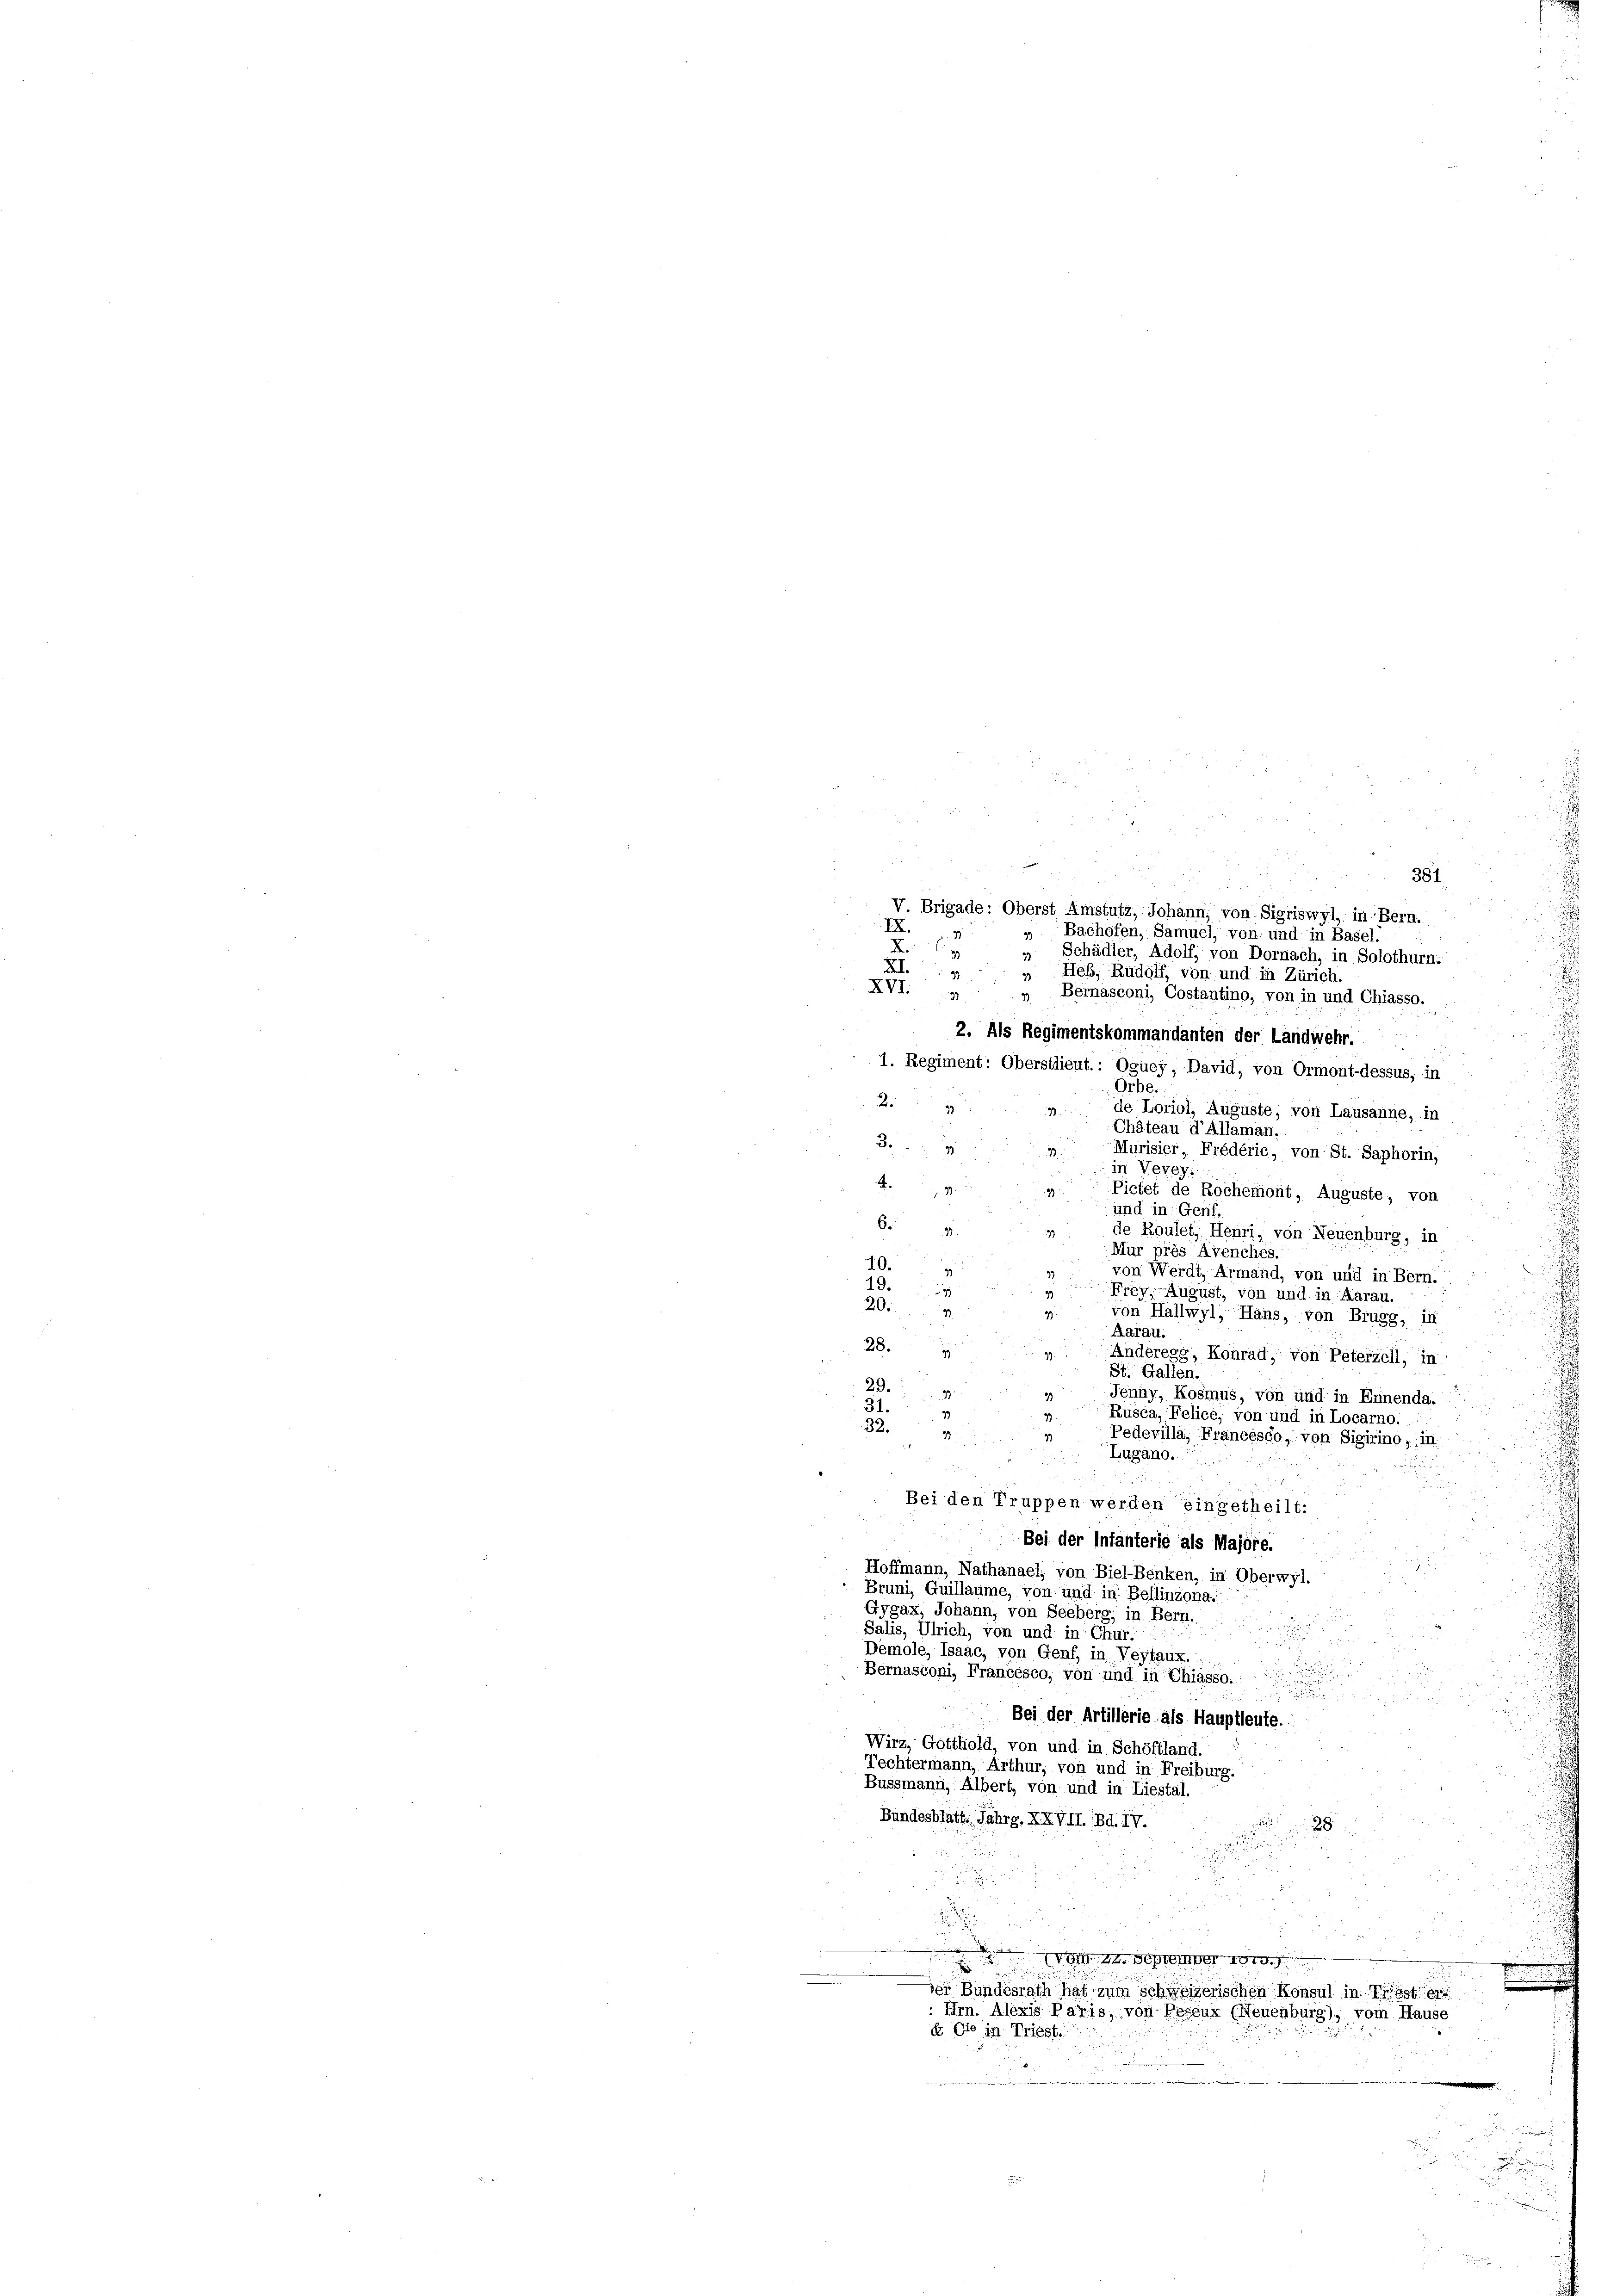
381
V. Brigade: Oberst Amstutz, Johann, von Sigriswyl, in Bern.
IX
 Bachofen, Samuel, von und in Basel.

„ Schädler, Adolf, von Dornach, in Solothurn.
r
A
 Heß, Rudolf, von und in Zürich.
XVI. „ „ Bernasconi, Costantino, von in und Chiasso.
2. Als Regimentskommandanten der Landwehr.
1. Regiment: Oberstlieut.: Oguey, David, von Ormont-dessus, in
Orbe.
2
de Loriol, Auguste, von Lausanne, in
Chäteau d’Allaman
3.
Murisier, Frédéric, von St. Saphorin,
in Vever
.
Pictet de Rochemont, Auguste, von
und in Genf.
6.
de Roulet, Heuri, von Neuenburg, in
Mur près Avenches.
10.
von Werdt, Armand, von und in Bern.
12
Frey, August, von und in Aarau.
20.
33.
von Hallwyl, Hans, von Brugg, in
Aarau.
28
39
Anderegg, Konrad, von Peterzell, in
St. Gallen.
29.
Jenny, Kosmus, von und in Ennenda.
31.
Rusca, Felice, von und in Locarno.
32.
Pedevilla, Francesco, von Sigirino, in

Lugano.

Bei den Truppen werden eingetheilt:
Bei der Infanterie als Majore.
Hoffmann, Nathanael, von Biel-Benken, in Oberwyl.
Bruni, Guillaume, von und in Bellinzona.
Gygax, Johann, von Seeberg; in Bern.
e
Salis, Ulrich, von und in Chur:
Demole, Isaac, von Genf, in Veytaux. :
Bernasconi, Francesco, von und in Chiasso,
Bei der Artillerie als Hauptleute.
Wirz, Gotthold, von und in Schöftland.
Techtermann, Arthur, von und in Freiburg.
Bussmann, Albert, von und in Liestal.
Bundesblätte. Jahrg. XXVII. Bd. IV.
28

 2 x
CVer
.
¬

 Bundesrath hat zum schweizerischen Konsul in ist e
 Hrn. Alexis Paris, von Beseux (Neuenburg), vom Hause
i. Die in Triest.
e